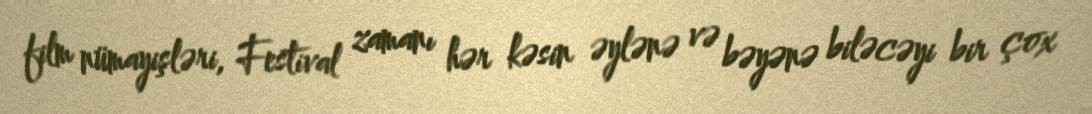
film nümayişləri, Festival zamanı hər kəsin əylənə və bəyənə biləcəyi bir çox